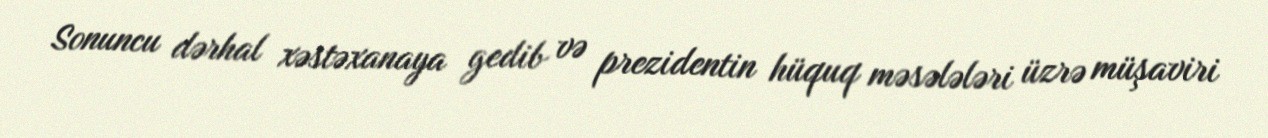
Sonuncu dərhal xəstəxanaya gedib və prezidentin hüquq məsələləri üzrə müşaviri